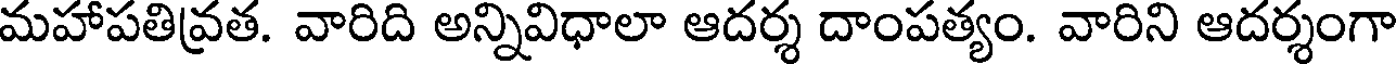
మహాపతివ్రత. వారిది అన్నివిధాలా ఆదర్శ దాంపత్యం. వారిని ఆదర్శంగా